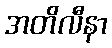
အတိလီနာ